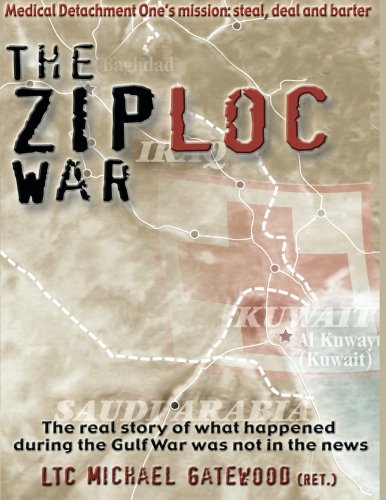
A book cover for The Ziploc War; Ltc Michael Gatewood; History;